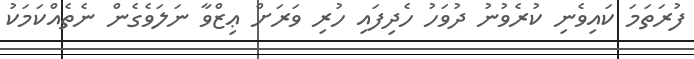
ފުރަތަމަ ކައިވެނި ކުރެވުނު ދުވަހު ހެދިފައި ހުރި ވަރަށް ޢިޒްވާ ނަލަވެގެން ނެތެއްކަމަކު